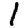
Digit: 1